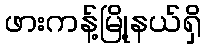
ဖားကန့်မြို့နယ်ရှိ